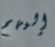
إليهم